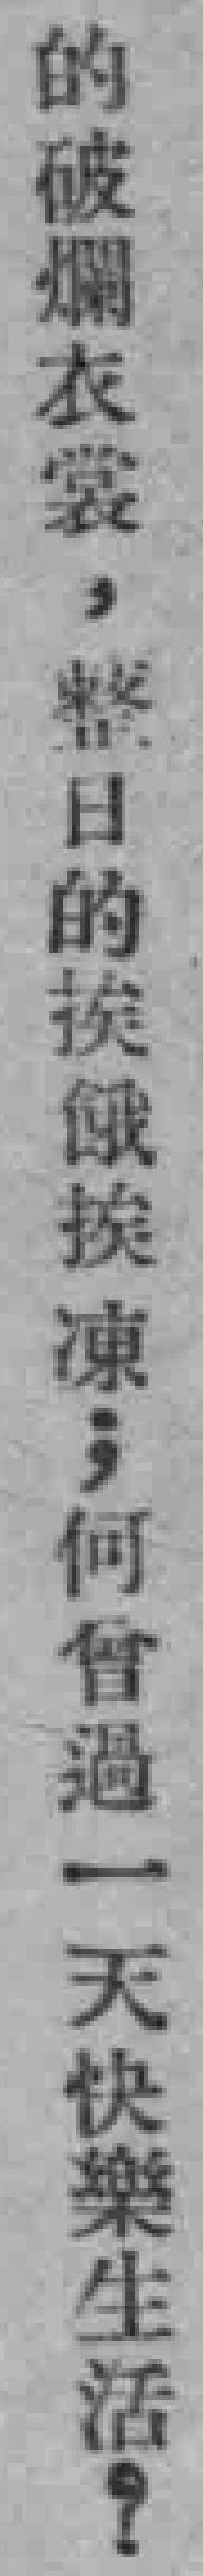
的破爛衣裳，整日的挨餓挨凍，何曾過一天快樂生活？